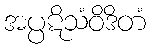
အပ္ပဋိသံဝိဒိတံ